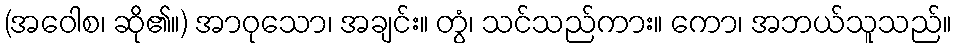
(အဝေါစ၊ ဆို၏။) အာဝုသော၊ အချင်း။ တွံ၊ သင်သည်ကား။ ကော၊ အဘယ်သူသည်။